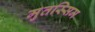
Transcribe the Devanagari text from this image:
मुतस्सिम